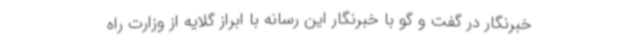
خبرنگار در گفت و گو با خبرنگار این رسانه با ابراز گلایه از وزارت راه